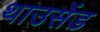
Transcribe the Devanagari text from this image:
थाउसेंड